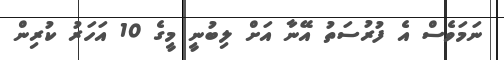
ނަމަވެސް އެ ފުރުސަތު އޭނާ އަށް ލިބުނީ މީގެ 10 އަހަރު ކުރިން